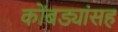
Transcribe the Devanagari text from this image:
कोंबड्यांसह